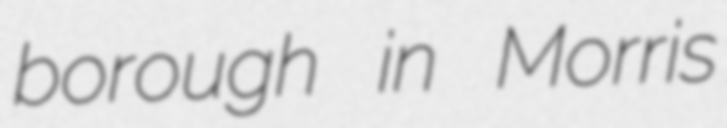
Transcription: borough in Morris